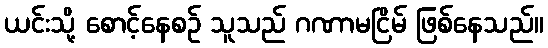
ယင်းသို့ စောင့်နေစဉ် သူသည် ဂဏာမငြိမ် ဖြစ်နေသည်။